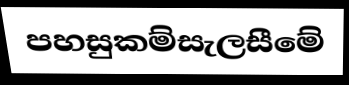
පහසුකම්සැලසීමේ